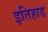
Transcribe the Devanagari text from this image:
इतिहाड